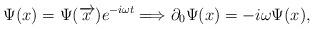
LaTeX: \begin{align*}\Psi (x)=\Psi (\overrightarrow{x})e^{-i\omega t}\Longrightarrow \partial_0\Psi (x)=-i\omega \Psi (x), \end{align*}